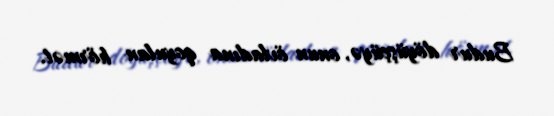
Budur döyüşçüyə, onun övladına qoyulan hörmət.